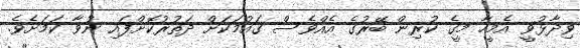
ވިދާޅުވީ އެމީހާ މީގެ ކުރިން ބޭރުގެ އެއްވެސް ގައުމަކަށް ދަތުރުކޮށްފައި ނުވާ ކަމަށެވެ.